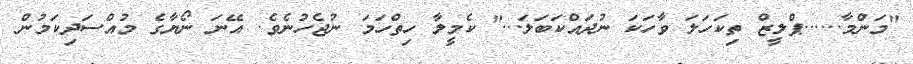
"މަންމާ......ޕްލީޒް ތިކަހަލަ ވާހަކަ ނުދައްކަބަލަ..." ކެމީލާ ހިތްހަމަ ނުޖެހުނެވެ. އޭނަ ނޯޔާގެ މުއްސަދިކަމުން